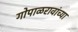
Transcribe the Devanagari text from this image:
गोपाळरावांच्या